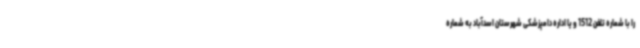
را با شماره تلفن 1512 و یا اداره دامپزشکی شهرستان اسدآباد به شماره